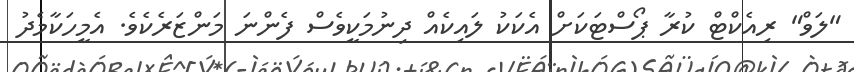
"ލަވް" ރިއެކްޓް ކުރާ ޕޯސްޓަކަށް އެކަކު ލައިކެއް ދިނުމަކީވެސް ފެންނަ މަންޒަރެކެވެ. އެމީހަކާމެދު